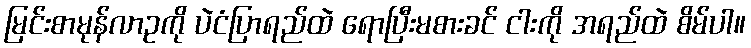
မြင်းစာမုန်လာဥကို ပဲငံပြာရည်ထဲ ရောပြီးမစားခင် ငါးကို အရည်ထဲ စိမ်ပါ။